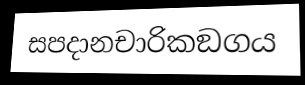
සපදානචාරිකඞගය